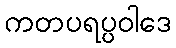
ကတပရပ္ပဝါဒေ